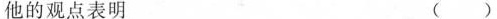
他的观点表明 ( )